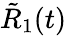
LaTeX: {\tilde{R}}_{1}(t)